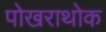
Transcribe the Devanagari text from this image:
पोखराथोक